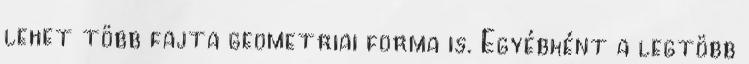
lehet több fajta geometriai forma is. Egyébként a legtöbb